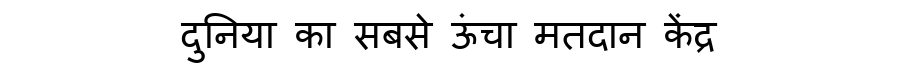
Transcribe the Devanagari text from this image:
दुनिया का सबसे ऊंचा मतदान केंद्र